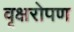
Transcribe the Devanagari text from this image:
वृक्षरोपण